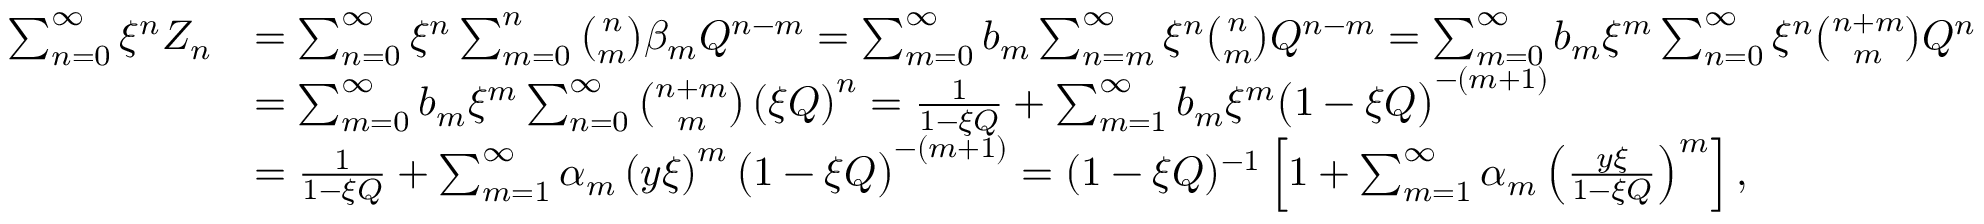
\begin{array} { r l } { \sum _ { n = 0 } ^ { \infty } \xi ^ { n } Z _ { n } } & { = \sum _ { n = 0 } ^ { \infty } \xi ^ { n } \sum _ { m = 0 } ^ { n } \binom { n } { m } \beta _ { m } Q ^ { n - m } = \sum _ { m = 0 } ^ { \infty } b _ { m } \sum _ { n = m } ^ { \infty } \xi ^ { n } \binom { n } { m } Q ^ { n - m } = \sum _ { m = 0 } ^ { \infty } b _ { m } \xi ^ { m } \sum _ { n = 0 } ^ { \infty } \xi ^ { n } \binom { n + m } { m } Q ^ { n } } \\ & { = \sum _ { m = 0 } ^ { \infty } b _ { m } \xi ^ { m } \sum _ { n = 0 } ^ { \infty } \binom { n + m } { m } \left( \xi Q \right) ^ { n } = \frac 1 { 1 - \xi Q } + \sum _ { m = 1 } ^ { \infty } b _ { m } \xi ^ { m } \big ( 1 - \xi Q \big ) ^ { - ( m + 1 ) } } \\ & { = \frac 1 { 1 - \xi Q } + \sum _ { m = 1 } ^ { \infty } \alpha _ { m } \left( y \xi \right) ^ { m } \big ( 1 - \xi Q \big ) ^ { - ( m + 1 ) } = ( 1 - \xi Q ) ^ { - 1 } \left[ 1 + \sum _ { m = 1 } ^ { \infty } \alpha _ { m } \left( \frac { y \xi } { 1 - \xi Q } \right) ^ { m } \right] , } \end{array}